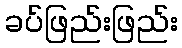
ခပ်ဖြည်းဖြည်း